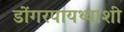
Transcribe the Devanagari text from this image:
डोंगरपायथ्याशी